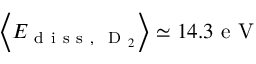
\left\langle E _ { \mathrm { ~ d ~ i ~ s ~ s ~ , ~ } \mathrm { ~ D ~ } _ { 2 } } \right\rangle \simeq 1 4 . 3 \mathrm { ~ e ~ V ~ }